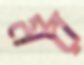
মর